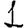
Digit: 1